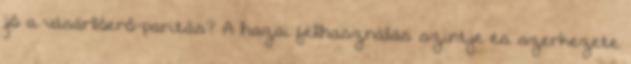
jó a vásárlóerő-paritás? A hazai felhasználás szintje és szerkezete